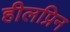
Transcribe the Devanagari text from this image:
हीलप्रिन